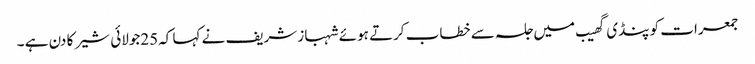
جمعرات کو پنڈی گھیب میں جلسہ سے خطاب کرتے ہوئے شہباز شریف نے کہا کہ25جولائی شیر کا دن ہے ۔